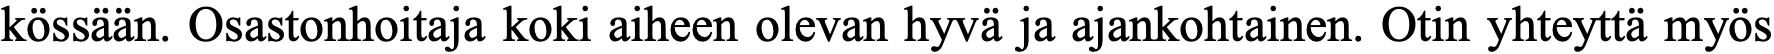
kössään. Osastonhoitaja koki aiheen olevan hyvä ja ajankohtainen. Otin yhteyttä myös